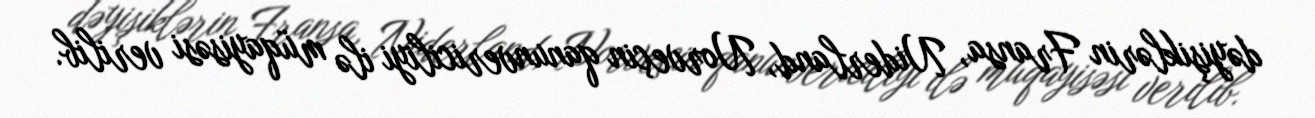
dəyişiklərin Fransa, Niderland, Norveçin qanunvericiliyi ilə müqayisəsi verilib.